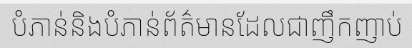
បំភាន់និងបំភាន់ព័ត៌មានដែលជាញឹកញាប់